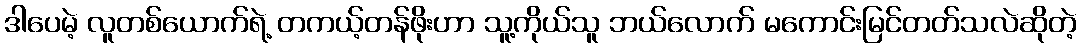
ဒါပေမဲ့ လူတစ်ယောက်ရဲ့ တကယ့်တန်ဖိုးဟာ သူ့ကိုယ်သူ ဘယ်လောက် မကောင်းမြင်တတ်သလဲဆိုတဲ့